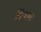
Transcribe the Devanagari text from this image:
किंगमा